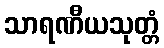
သာရဏီယသုတ္တံ